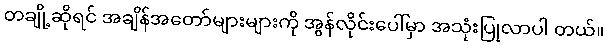
တချို့ဆိုရင် အချိန်အတော်များများကို အွန်လိုင်းပေါ်မှာ အသုံးပြုလာပါ တယ်။